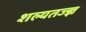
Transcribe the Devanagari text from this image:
शल्यतज्‍ज्ञ